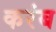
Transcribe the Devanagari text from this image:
करंब